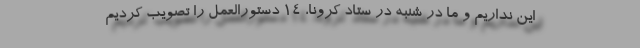
این نداریم و ما در شنبه در ستاد کرونا، 14 دستورالعمل را تصویب کردیم